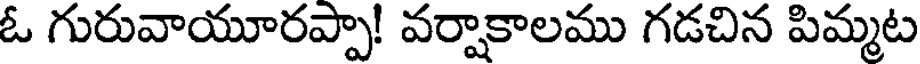
ఓ గురువాయూరప్పా! వర్షాకాలము గడచిన పిమ్మట